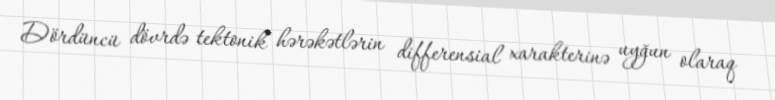
Dördüncü dövrdə tektonik hərəkətlərin differensial xarakterinə uyğun olaraq